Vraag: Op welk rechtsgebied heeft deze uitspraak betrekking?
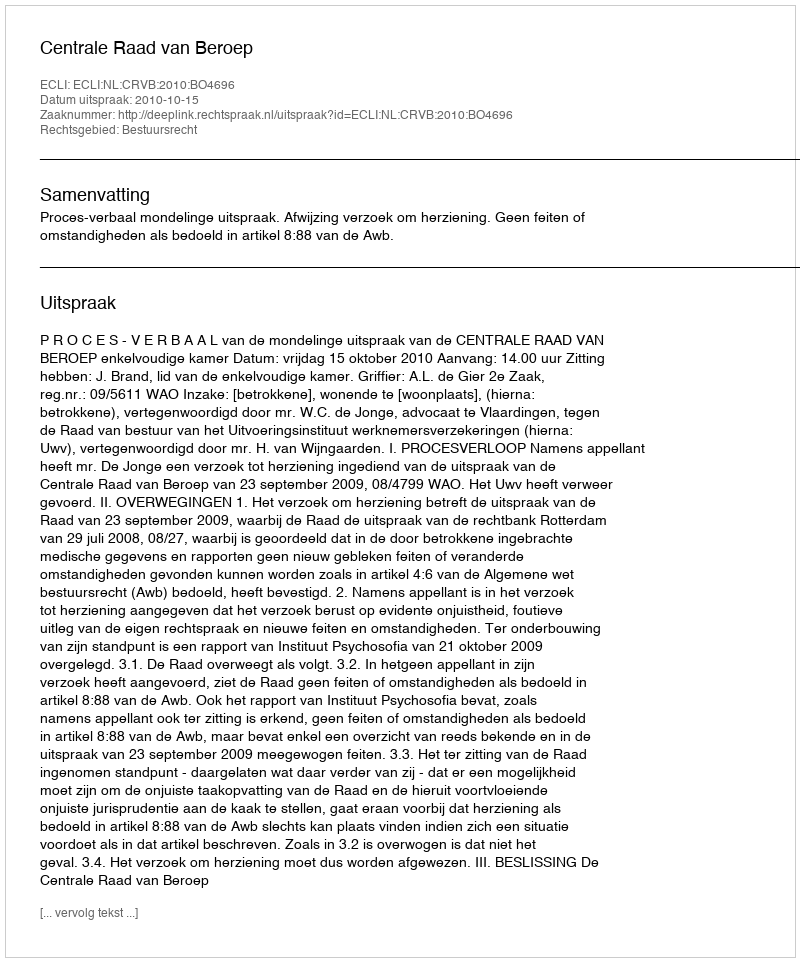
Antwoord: Bestuursrecht